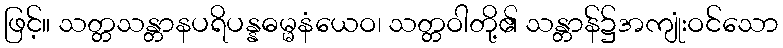
ဖြင့်။ သတ္တသန္တာနပရိပန္နဓမ္မနံယေဝ၊ သတ္တဝါတို့၏ သန္တာန်၌အကျုံးဝင်သော